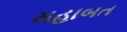
મહાબત